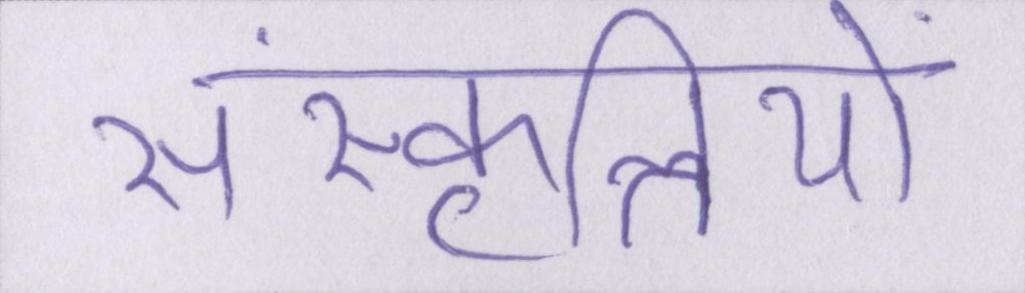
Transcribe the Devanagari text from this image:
संस्कृतियों